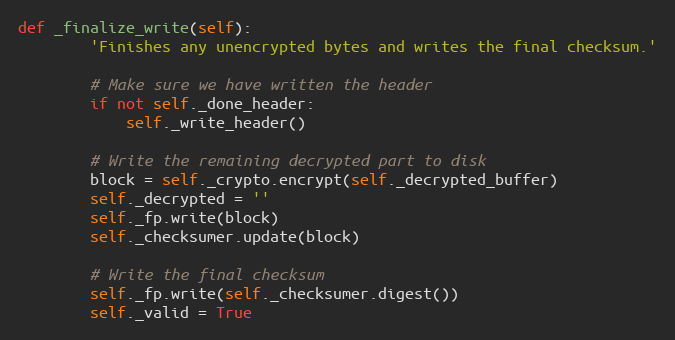
Language: Python
def _finalize_write(self):
        'Finishes any unencrypted bytes and writes the final checksum.'

        # Make sure we have written the header
        if not self._done_header:
            self._write_header()

        # Write the remaining decrypted part to disk
        block = self._crypto.encrypt(self._decrypted_buffer)
        self._decrypted = ''
        self._fp.write(block)
        self._checksumer.update(block)

        # Write the final checksum
        self._fp.write(self._checksumer.digest())
        self._valid = True